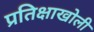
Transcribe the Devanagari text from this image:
प्रतिक्षाखोली